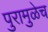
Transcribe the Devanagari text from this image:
पुरामुळेच